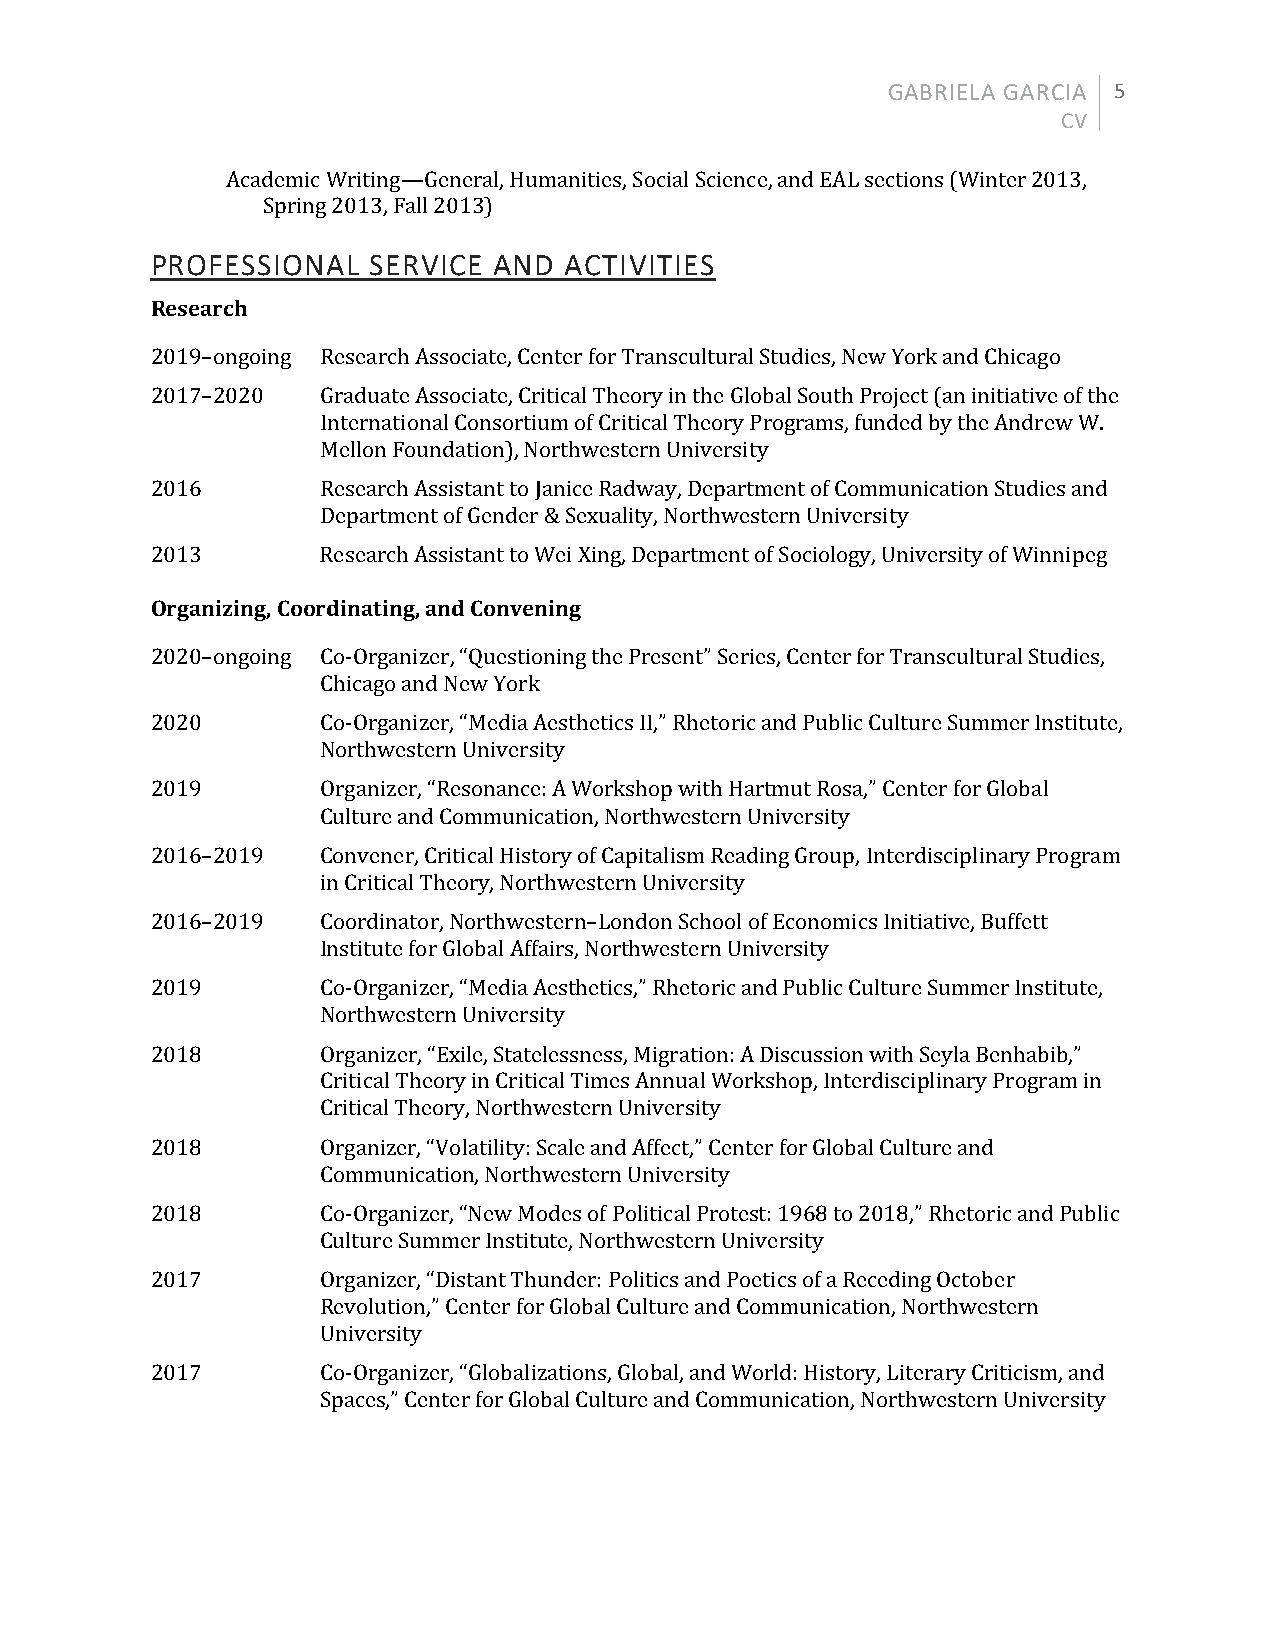
GABRIELA GARCIA 5
 CV
 Academic Writing—General, Humanities, Social Science, and EAL sections (Winter 2013,
 Spring 2013, Fall 2013)
 PROFESSIONAL  SERVICE  AND ACTIVITIES
 Research
 2019–ongoing Research Associate, Center for Transcultural Studies, New York and Chicago
 2017–2020  Graduate Associate, Critical Theory in the Global South Project (an initiative of the
 International Consortium of Critical Theory Programs, funded by the Andrew W.
 Mellon Foundation), Northwestern University
 2016       Research Assistant to Janice Radway, Department of Communication Studies and
 Department of Gender & Sexuality, Northwestern University
 2013       Research Assistant to Wei Xing, Department of Sociology, University of Winnipeg
 Organizing, Coordinating, and Convening
 2020–ongoing Co-Organizer, “Questioning the Present” Series, Center for Transcultural Studies,
 Chicago and New York
 2020       Co-Organizer, “Media Aesthetics II,” Rhetoric and Public Culture Summer Institute,
 Northwestern University
 2019       Organizer, “Resonance: A Workshop with Hartmut Rosa,” Center for Global
 Culture and Communication, Northwestern University
 2016–2019  Convener, Critical History of Capitalism Reading Group, Interdisciplinary Program
 in Critical Theory, Northwestern University
 2016–2019  Coordinator, Northwestern–London School of Economics Initiative, Buffett
 Institute for Global Affairs, Northwestern University
 2019       Co-Organizer, “Media Aesthetics,” Rhetoric and Public Culture Summer Institute,
 Northwestern University
 2018       Organizer, “Exile, Statelessness, Migration: A Discussion with Seyla Benhabib,”
 Critical Theory in Critical Times Annual Workshop, Interdisciplinary Program in
 Critical Theory, Northwestern University
 2018       Organizer, “Volatility: Scale and Affect,” Center for Global Culture and
 Communication, Northwestern University
 2018       Co-Organizer, “New Modes of Political Protest: 1968 to 2018,” Rhetoric and Public
 Culture Summer Institute, Northwestern University
 2017       Organizer, “Distant Thunder: Politics and Poetics of a Receding October
 Revolution,” Center for Global Culture and Communication, Northwestern
 University
 2017       Co-Organizer, “Globalizations, Global, and World: History, Literary Criticism, and
 Spaces,” Center for Global Culture and Communication, Northwestern University